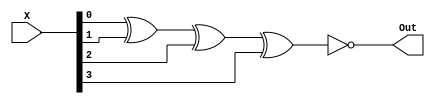
module EVEN_PARITY_GENERATOR(
    X, Out
);
    //OUTPUT IS 1 WHEN NUMBE OF 1'S IS EVEN
    input [3: 0] X;
    output Out;
    assign Out = ~ (X[0] ^ X[1] ^ X[2] ^ X[3]);
endmodule